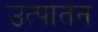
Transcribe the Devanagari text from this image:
उत्पातन